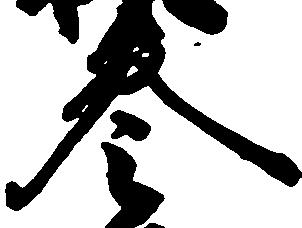
参